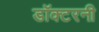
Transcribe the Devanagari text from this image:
डॉक्टरनी